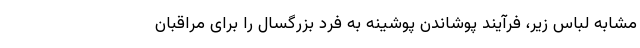
مشابه لباس زیر، فرآیند پوشاندن پوشینه به فرد بزرگسال را برای مراقبان